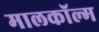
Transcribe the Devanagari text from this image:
मालकॉल्म